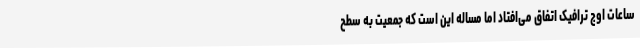
ساعات اوج ترافیک اتفاق می‌افتاد اما مساله این است که جمعیت به سطح